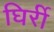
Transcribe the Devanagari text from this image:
घिर्री